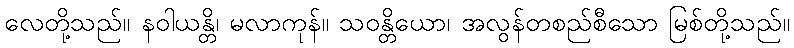
လေတို့သည်။ နဝါယန္တိ၊ မလာကုန်။ သဝန္တိယော၊ အလွန်တစည်စီသော မြစ်တို့သည်။